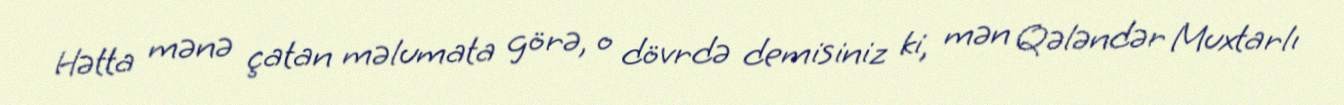
Hətta mənə çatan məlumata görə, o dövrdə demisiniz ki, mən Qələndər Muxtarlı